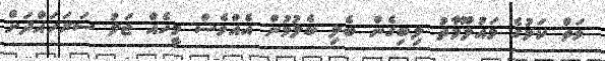
ވަތް ކަމުގެ މައުލޫމާތު ލިބިގެން ބެލި ބެލުމުން އެއްވެސް މީހެއް ޖަލު ސަރަހައްދަށް